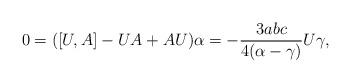
LaTeX: \begin{align*}0=([U,A]-UA+AU)\alpha=-\frac{3abc}{4(\alpha-\gamma)}U\gamma, \end{align*}